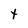
Character: Y